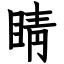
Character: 睛